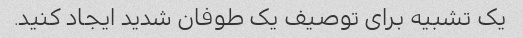
یک تشبیه برای توصیف یک طوفان شدید ایجاد کنید.